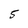
Character: 5